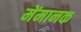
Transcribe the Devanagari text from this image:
मेंमानक